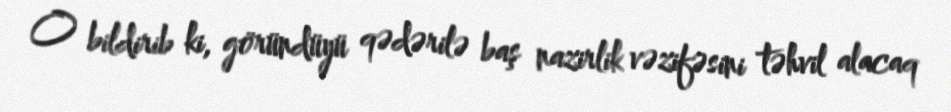
O bildirib ki, göründüyü qədərilə baş nazirlik vəzifəsini təhvil alacaq